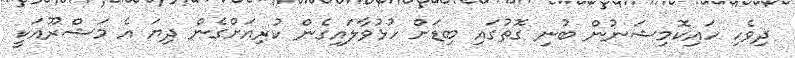
ދިވެހި ހައިކޮމިޝަނުން ބުނި ގޮތުގައި ބިޑަށް ހުޅުވާލައިގެން ކުރިއަށްގެން ދިޔަ އެ މަޝްރޫއަކީ